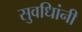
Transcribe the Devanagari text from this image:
सुवधिांनी